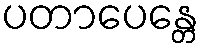
ပတာပေန္တေ